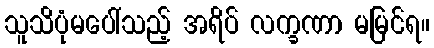
သူသိပုံမပေါ်သည့် အရိပ် လက္ခဏာ မမြင်ရ။